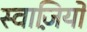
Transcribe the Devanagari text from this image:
स्वाज़ियों